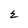
Character: E